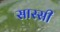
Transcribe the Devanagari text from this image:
सास्सी